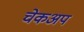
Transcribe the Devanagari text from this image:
चेकअप